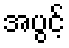
အပွင့်